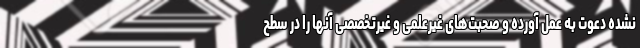
نشده دعوت به عمل آورده و صحبت‌های غیرعلمی و غیرتخصصی آنها را در سطح